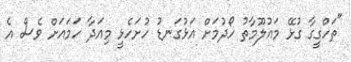
"ތަހްގީގާ ގުޅޭ މައުލޫމާތު ހޯދުމަށް އަޅުގަނޑު ހުށަހެޅީ މިއަދާ ހަމައަށް ވެސް އެ